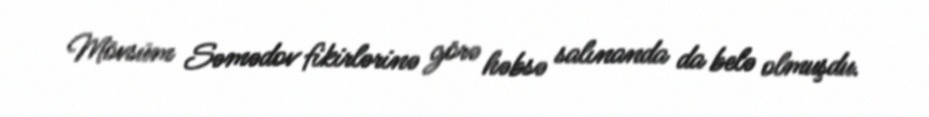
Mövsüm Səmədov fikirlərinə görə həbsə salınanda da belə olmuşdu.